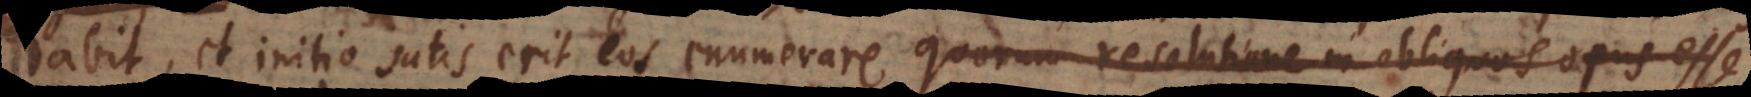
nitio satis erit eos enumerare quorum resolutione in obliquos opus esse